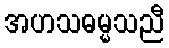
အဟသဓမ္မသညီ